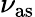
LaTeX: \nu_{\mathrm{as}}